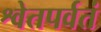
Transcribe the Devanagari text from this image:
श्वेतपर्वतं